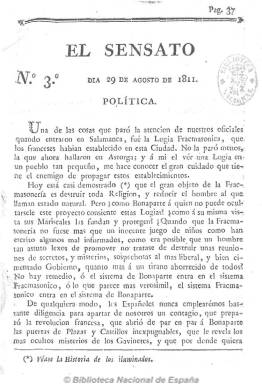
Título: El Sensato (Santiago)
Colección: Periódicos anteriores a 1850
Ámbito geográfico: La Coruña
Lugar de publicación: Santiago
Fechas: 29/08/1811-08/07/1813

Considerado como el primer semanario gallego, comenzó el 15 de agosto de 1811 y aún se publicaba en enero de 1815. A juicio de Checa Godoy es “uno de los más característicos títulos serviles” impresos en España durante la guerra de la Independencia. Había comenzado como un posibilista para después convertirse en un exaltado absolutista. Fue fundado por el fraile dominico José de Bentín y el canónigo Santiago Francisco Cabrera, y su principal impulsor fue el catedrático de Teología de la Universidad de Santiago Antonio Javier Álvarez (1777-1845). Tuvo una amplia plantilla de redactores y colaboradores, entre ellos un grupo de religiosos, entre los que se encontraban los ya citados y el párroco de Caldas de Reis, Bernardo Caamaño, así como Manuel Freire Castrillón, un comerciante que había sido diputado doceañista y que dirigirá y redactará otros periódicos serviles del periodo.

Dirigido “a los amantes de la religión y del orden”, nació para combatir a los liberales, polemizando ásperamente con los títulos de esta ideología durante el periodo, como El patriota compostelano, El cartel, Gaceta marcial y política de Santiago y El estandarte.

Más doctrinal que informativo, estructura perfectamente su amplio contenido en secciones, como política (que después denominará crítica), guerra, cortes, noticias, variedades, etc. Son abundantes sus artículos de opinión, escribiendo Benito María Sotelo de Novoa y Niño  los referidos a la Constitución, y da cabida a artículos comunicados y de oficio, extractos de periódicos y de otros papeles, avisos, cartas de religiosos e información sobre libros.

Fue editado en números generalmente de 16 páginas (a veces de 20), con foliación seguida, y en algún momento fue bisemanal (miércoles y sábados), y además de salir de la imprenta de Juan Francisco Montero, fue impreso también en la de Juan María de Pazos.